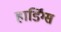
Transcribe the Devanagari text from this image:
हार्डिंग्स